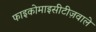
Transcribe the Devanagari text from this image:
फाइकोमाइसीटीज़वाले